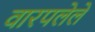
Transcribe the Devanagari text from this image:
वारपलेले